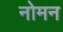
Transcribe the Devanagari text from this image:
नोमन